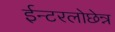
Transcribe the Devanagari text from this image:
ईन्टरलोछेन्न